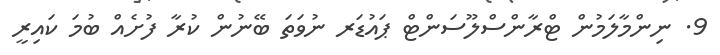
9. ނިންމާލަމުން ޓްރާންސްލޫސަންޓް ޕައުޑަރ ނުވަތަ ބޭނުން ކުރާ ފުށެއް ބުމަ ކައިރީ